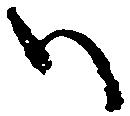
ハ